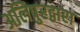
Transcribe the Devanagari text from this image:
अलिपुरद्वारा